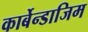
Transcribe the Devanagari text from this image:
कार्बेन्डाजिम